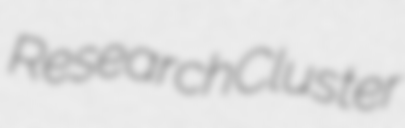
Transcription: Research Cluster